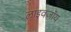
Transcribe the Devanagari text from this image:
लाइवजॉय